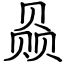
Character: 赑